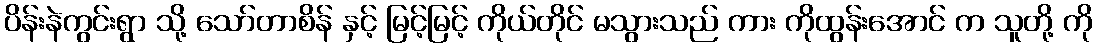
ပိန်းနဲကွင်းရွာ သို့ သော်တာစိန် နှင့် မြင့်မြင့် ကိုယ်တိုင် မသွားသည် ကား ကိုထွန်းအောင် က သူတို့ ကို